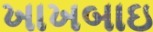
ખાખબાઇ